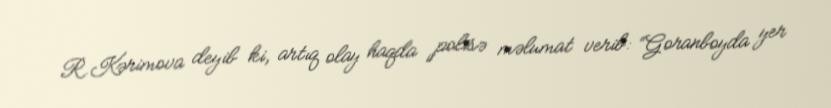
R.Kərimova deyib ki, artıq olay haqda polisə məlumat verib: “Goranboyda yer